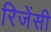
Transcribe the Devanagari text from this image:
रिजेंसी